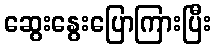
ဆွေးနွေးပြောကြားပြီး